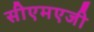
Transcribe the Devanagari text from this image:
सीएमएजी